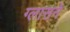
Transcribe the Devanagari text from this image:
ग्लासने